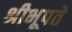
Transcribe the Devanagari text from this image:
श्रीभूपते